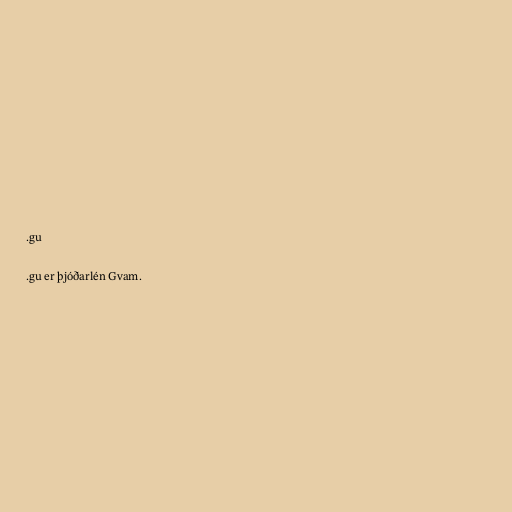
.gu

.gu er þjóðarlén Gvam.